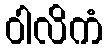
ဝါလိကံ